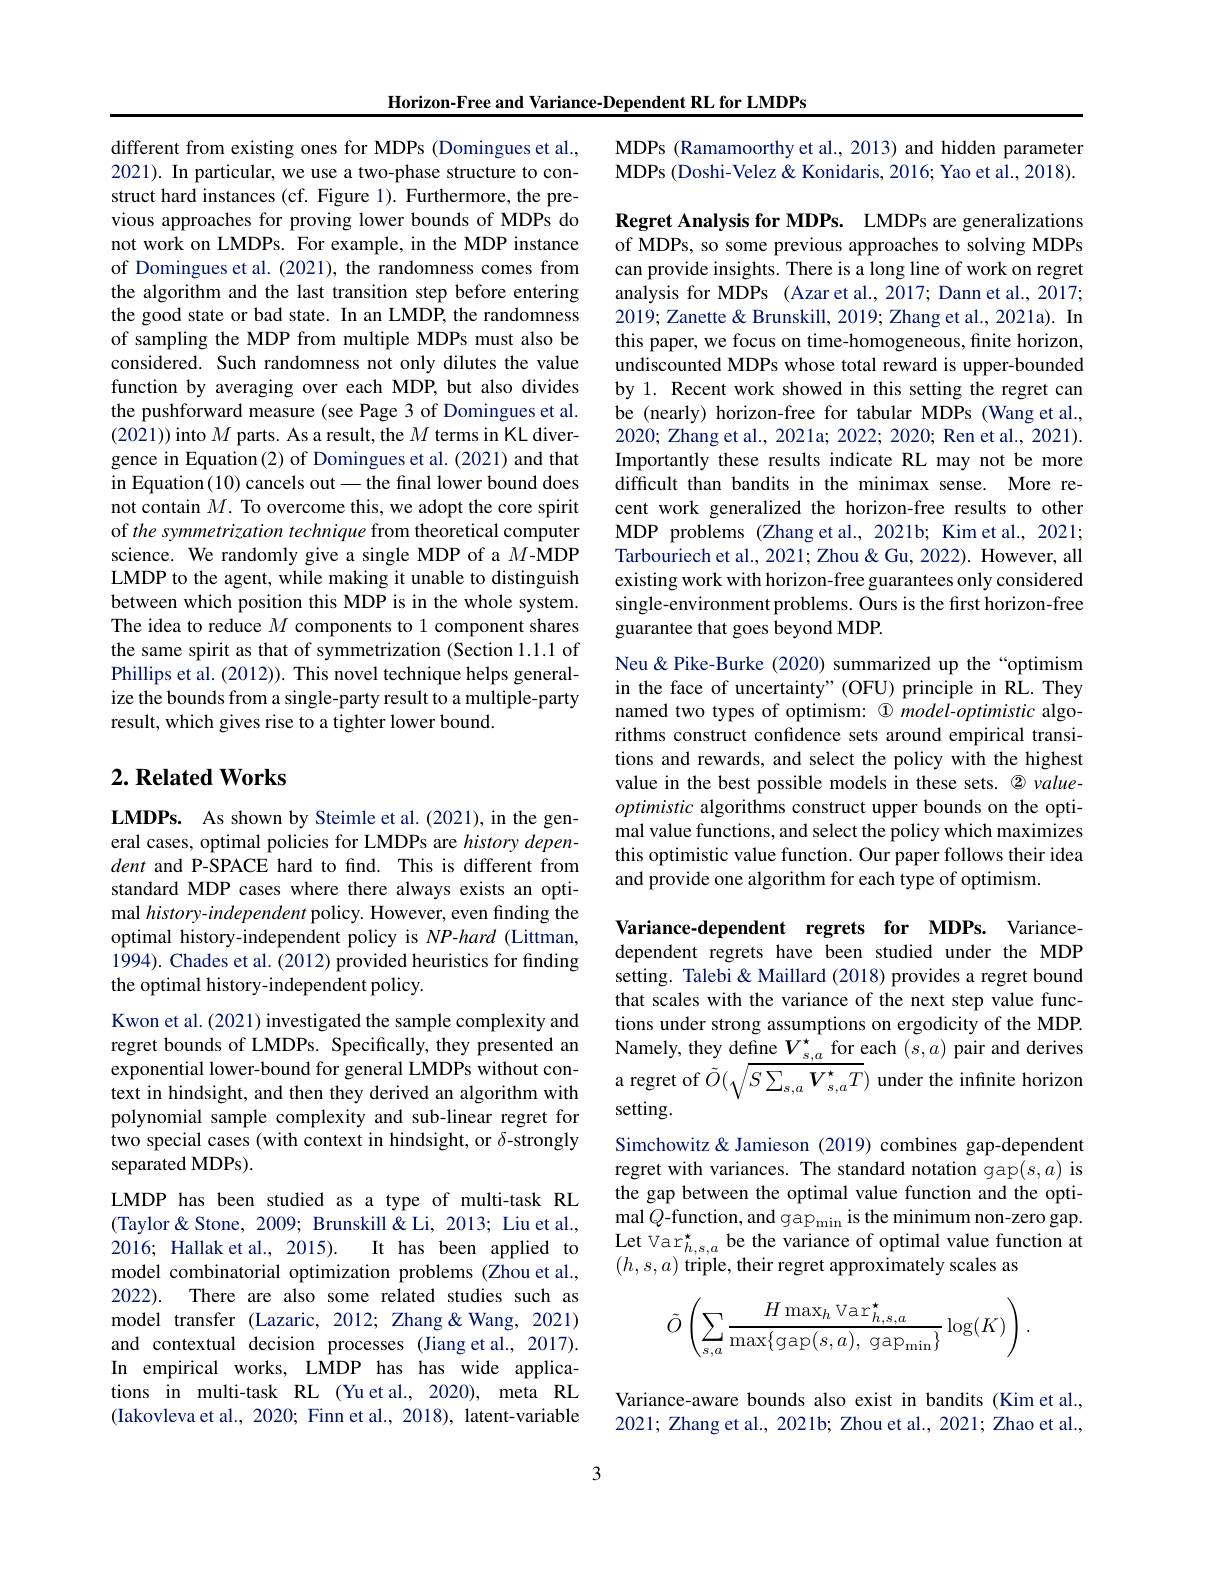
Horizon-Free and Variance-Dependent RL for LMDPs

different from existing ones for MDPs (Domingues et al., 2021). In particular, we use a two-phase structure to construct hard instances (cf. Figure 1). Furthermore, the previous approaches for proving lower bounds of MDPs do not work on LMDPs. For example, in the MDP instance of Domingues et al. (2021), the randomness comes from the algorithm and the last transition step before entering the good state or bad state. In an LMDP, the randomness of sampling the MDP from multiple MDPs must also be considered. Such randomness not only dilutes the value function by averaging over each MDP, but also divides the pushforward measure (see Page 3 of Domingues et al. (2021)) into $M$ parts. As a result, the $M$ terms in KL divergence in Equation(2) of Domingues et al. (2021) and that in Equation(10) cancels out\_the final lower bound does not contain $M.$ To overcome this, we adopt the core spirit of the symmetrization technique from theoretical computer science. We randomly give a single MDP of a $M$-MDP LMDP to the agent, while making it unable to distinguish between which position this MDP is in the whole system. The idea to reduce $M$ components to 1 component shares the same spirit as that of symmetrization (Section 1.1.1 of Phillips et al. (2012)). This novel technique helps generalize the bounds from a single-party result to a multiple-party result, which gives rise to a tighter lower bound.

## $2. \textbf{Related Works}$

LMDPs. As shown by Steimle et al.(2021), in the general cases, optimal policies for LMDPs are history dependent and P-SPACE hard to find. This is different from standard MDP cases where there always exists an optimal history-independent policy. However, even finding the optimal history-independent policy is NP-hard (Littman, 1994). Chades et al. (2012) provided heuristics for finding the optimal history-independent policy.
Kwon et al. (2021) investigated the sample complexity and regret bounds of LMDPs. Specifically, they presented an exponential lower-bound for general LMDPs without conpolynomial sample complexity and sub-linear regret for two special cases (with context in hindsight, or $\delta$-strongly separated MDPs).
LMDP has been studied as a type of multi-task RL (Taylor& Stone, 2009; Brunskill& Li, 2013; Liu et al., 2016; Hallak et al., 2015).
It has been applied to
model combinatorial optimization problems (Zhou et al., 2022). There are also some related studies such as model transfer (Lazaric, 2012; Zhang& 2021) and contextual decision processes (Jiang et al., 2017). In empirical works, LMDP has has wide applications in multi-task RL (Yuet al., 2020), meta RL (Iakovleva et al., 2020; Finn et al., 2018), latent-variable

MDPs (Ramamoorthy et al., 2013) and hidden parameter MDPs (Doshi-Velez & Konidaris, 2016; Yao et al., 2018).

Regret Analysis for MDPs. LMDPs are generalizations of MDPs, so some previous approaches to solving MDPs can provide insights. There is a long line of work on regret analysis for MDPs (Azar et al., 2017; Dann et al., 2017; 2019; Zanette & Brunskill, 2019; Zhang et al., 2021a). In this paper, we focus on time-homogeneous, finite horizon, undiscounted MDPs whose total reward is upper-bounded by 1. Recent work showed in this setting the regret can be (nearly) horizon-free for tabular MDPs (Wang et al., 2020; Zhang et al., 2021a; 2022; 2020; Ren et al., 2021). Importantly these results indicate RL may not be more difficult than bandits in the minimax sense. More recent work generalized the horizon-free results to other MDP problems (Zhang et al., 2021b; Kim et al., 2021; Tarbouriech et al., 2021; Zhou & Gu, 2022). However, all existing work with horizon-free guarantees only considered single-environment problems. Ours is the first horizon-free guarantee that goes beyond MDP.

Neu & Pike-Burke (2020) summarized up the “optimism in the face of uncertainty" (OFU) principle in RL. They named two types of optimism: $\textcircled {1}\textit{model- optimistic algo- }$ rithms construct confidence sets around empirical transitions and rewards, and select the policy with the highest optimistic algorithms construct upper bounds on the optimal value functions, and select the policy which maximizes this optimistic value function. Our paper follows their idea and provide one algorithm for each type of optimism.

Variance-dependent regrets for MDPs. Variancedependent regrets have been studied under theMDP setting. Talebi & Maillard (2018) provides a regret bound that scales with the variance of the next step value functions under strong assumptions on ergodicity of the MDP. Namely, they define $V_{s,a}^{\star}$ for each $(s,a)$ pair and derives
exponential lower-bound for general LMDPs without con- a regret of $\tilde{O}(\sqrt{S\sum_{s,a}\vec{\boldsymbol{V}}_{s,a}^{*}T})$ under the infinite horizon text in hindsight, and then they derived an algorithm with setting.
Simchowitz& Jamieson (2019) combines gap-dependent regret with variances. The standard notation gap$(s,a)$ is the gap between the optimal value function and the optimal $Q\text{-function, and gap}_{\min}$ is the minimum non-zero gap. Let Var$_h,s,a^*$ be the variance of optimal value function at $(h,s,a)$ triple, their regret approximately scales as
$$\tilde{O}\left(\sum_{s,a}\frac{H\max_{h}\text{Var}_{h,s,a}^{\star}}{\max\{\text{gap}(s,a),\text{gap}_{\text{min}}\}}\log(K)\right).$$
Variance-aware bounds also exist in bandits (Kim et al., 2021; Zhang et al., 2021b; Zhou et al., 2021; Zhao et al.,

3